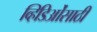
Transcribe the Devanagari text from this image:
व्हिडिओंसाठी